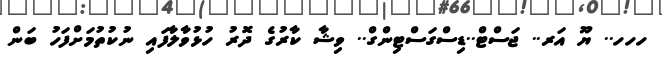
ހހހ.. ޔޫ އަރ.. ޖަސްޓް..ޑިސްގަސްޓިންގް.. ވިޝާ ކާރުގެ ދޮރު ހުޅުވާލާފައި ނުކުތުމަށްފަހު ބަން